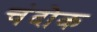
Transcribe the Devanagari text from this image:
चंदोक